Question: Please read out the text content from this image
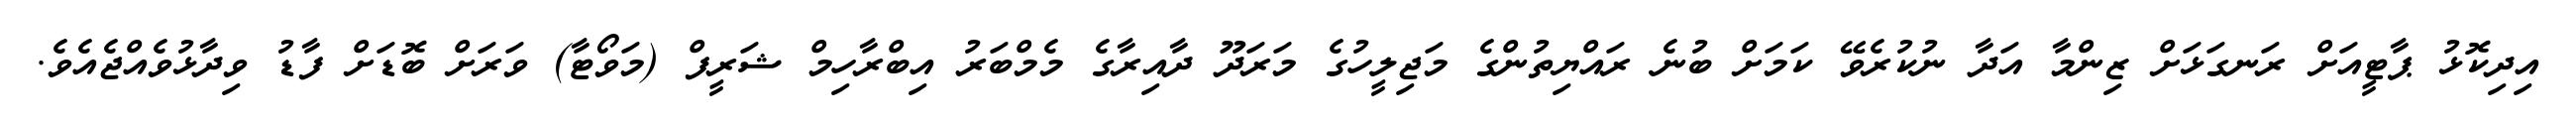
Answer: އިދިކޮޅު ޕާޓީއަށް ރަނގަޅަށް ޒިންމާ އަދާ ނުކުރެވޭ ކަމަށް ބުނެ ރައްޔިތުންގެ މަޖިލީހުގެ މަރަދޫ ދާއިރާގެ މެމްބަރު އިބްރާހިމް ޝަރީފް (މަވޯޓާ) ވަރަށް ބޮޑަށް ފާޑު ވިދާޅުވެއްޖެއެވެ.